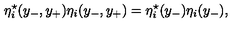
{ \eta } _ { i } ^ { \star } ( y _ { - } , y _ { + } ) { \eta } _ { i } ( y _ { - } , y _ { + } ) = { \eta } _ { i } ^ { \star } ( y _ { - } ) { \eta } _ { i } ( y _ { - } ) ,